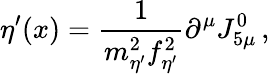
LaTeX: \eta^{\prime}(x)={\frac{1}{m_{\eta^{\prime}}^{2}f_{\eta^{\prime}}^{2}}}\partial^{\mu}J_{5\mu}^{0}\, ,